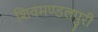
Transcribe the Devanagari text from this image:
शिवमण्डलपुरी